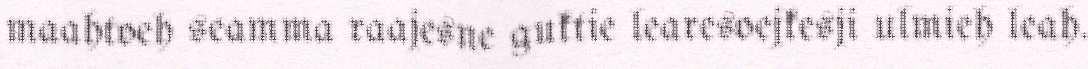
maahtoeh seamma raajesne guktie learesoejkesji ulmieh leah.